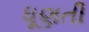
ધૂણતી